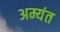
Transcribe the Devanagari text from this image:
अम्यंत